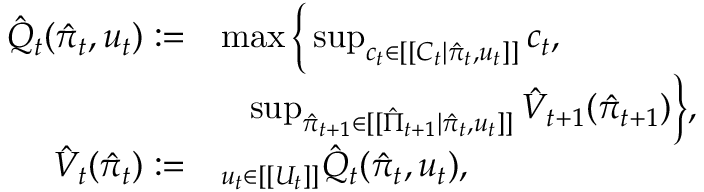
\begin{array} { r l } { \hat { Q } _ { t } ( \hat { \pi } _ { t } , u _ { t } ) : = } & { \operatorname* { m a x } \Big \{ \operatorname* { s u p } _ { c _ { t } \in [ [ C _ { t } | \hat { \pi } _ { t } , u _ { t } ] ] } c _ { t } , } \\ & { \; \; \; \operatorname* { s u p } _ { \hat { \pi } _ { t + 1 } \in [ [ \hat { \Pi } _ { t + 1 } | \hat { \pi } _ { t } , u _ { t } ] ] } \hat { V } _ { t + 1 } ( \hat { \pi } _ { t + 1 } ) \Big \} , } \\ { \hat { V } _ { t } ( \hat { \pi } _ { t } ) : = } & { \relax _ { u _ { t } \in [ [ U _ { t } ] ] } \hat { Q } _ { t } ( \hat { \pi } _ { t } , u _ { t } ) , } \end{array}